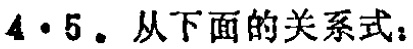
$4\cdot5.$ 从下面的关系式：